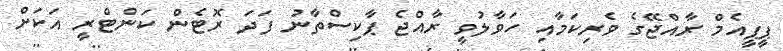
ޕީޕީއެމް ރާއްޖޭގެ ވެރިކަމާއި ހަވާލުވީ ރާއްޖެ ޕާކިސްތާނު ފަދަ ރޮޓެން ކަންޓްރީ އަކަށް